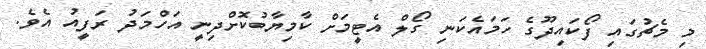
މި މެޗުގައި ފޯކައިދޫގެ ހަމައެކަނި ގޯލް އެޓީމަށް ކާމިޔާބުކޮށްދިނީ އަހްމަދު ރަފީއު އެވެ.